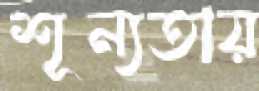
শূন্যতায়